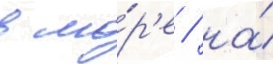
в мо́р'е / на́